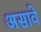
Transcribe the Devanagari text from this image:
असावेे